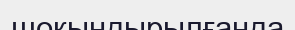
шоқындырылғанда